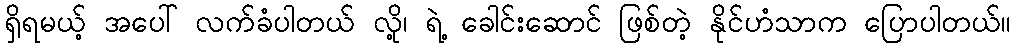
ရှိရမယ့် အပေါ် လက်ခံပါတယ် လို့၊ ရဲ့ ခေါင်းဆောင် ဖြစ်တဲ့ နိုင်ဟံသာက ပြောပါတယ်။